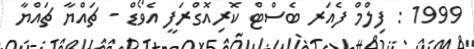
1999 : ފިލްމް ފެއަރ ބެސްޓް ކޮރިއޮގްރަފީ އެވޯޑް - ޗައްޔާ ޗައްޔާ